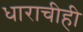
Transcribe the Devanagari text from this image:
धाराचीही